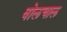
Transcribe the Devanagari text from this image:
वोलचाल